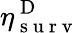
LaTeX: \eta_{\mathrm{~s~u~r~v~}}^{\mathrm{~D~}}